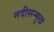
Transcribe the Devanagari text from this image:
नदीसन्मुख